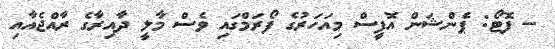
-- ފޮޓޯ: ޕެންޝަން އޮފީސް މިއަހަރުގެ ފޯރަމްގައި ވެސް މާލީ ދާއިރާގެ ރާއްޖެއާއި